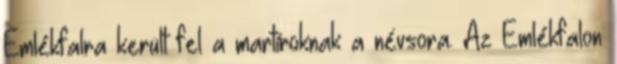
Emlékfalra került fel a martíroknak a névsora. Az Emlékfalon